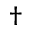
{ \dag }